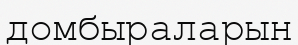
домбыраларын